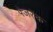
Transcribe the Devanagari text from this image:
पेजरेंक